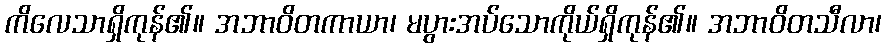
ကိလေသာရှိကုန်၏။ အဘာဝိတကာယာ၊ မပွားအပ်သောကိုယ်ရှိကုန်၏။ အဘာဝိတသီလာ၊